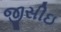
જીસીઇ